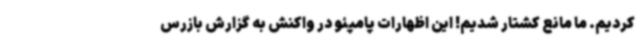
کردیم. ما مانع کشتار شدیم! این اظهارات پامپئو در واکنش به گزارش بازرس